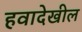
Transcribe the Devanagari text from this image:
हवादेखील